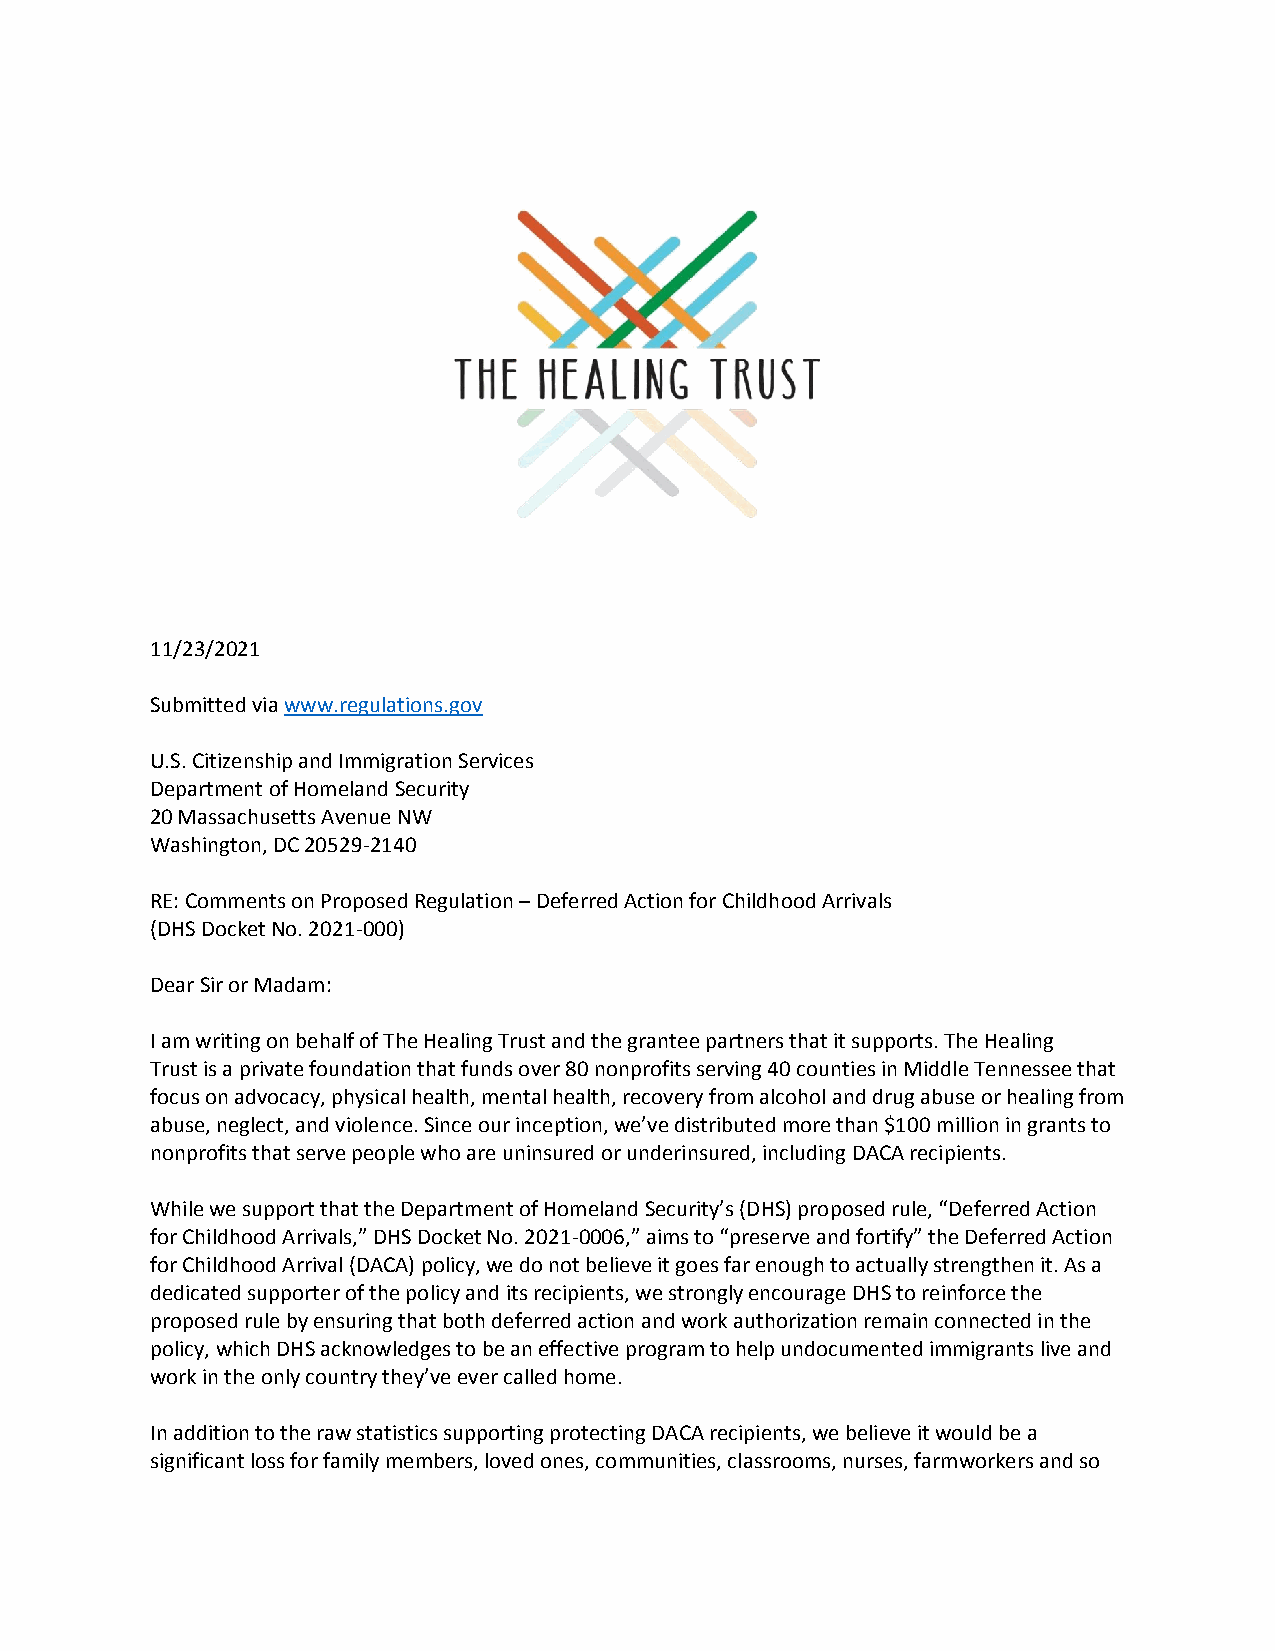
11/23/2021
 Submitted via www.regulations.gov
 U.S. Citizenship and Immigration Services
 Department of Homeland Security
 20 Massachusetts Avenue NW
 Washington, DC 20529-2140
 RE: Comments on Proposed Regulation – Deferred Action for Childhood Arrivals
 (DHS Docket No. 2021-000)
 Dear Sir or Madam:
 I am writing on behalf of The Healing Trust and the grantee partners that it supports. The Healing
 Trust is a private foundation that funds over 80 nonprofits serving 40 counties in Middle Tennessee that
 focus on advocacy, physical health, mental health, recovery from alcohol and drug abuse or healing from
 abuse, neglect, and violence. Since our inception, we’ve distributed more than $100 million in grants to
 nonprofits that serve people who are uninsured or underinsured, including DACA recipients.
 While we support that the Department of Homeland Security’s (DHS) proposed rule, “Deferred Action
 for Childhood Arrivals,” DHS Docket No. 2021-0006,” aims to “preserve and fortify” the Deferred Action
 for Childhood Arrival (DACA) policy, we do not believe it goes far enough to actually strengthen it. As a
 dedicated supporter of the policy and its recipients, we strongly encourage DHS to reinforce the
 proposed rule by ensuring that both deferred action and work authorization remain connected in the
 policy, which DHS acknowledges to be an effective program to help undocumented immigrants live and
 work in the only country they’ve ever called home.
 In addition to the raw statistics supporting protecting DACA recipients, we believe it would be a
 significant loss for family members, loved ones, communities, classrooms, nurses, farmworkers and so